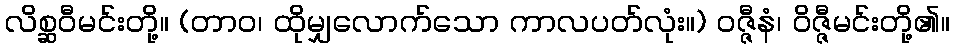
လိစ္ဆဝီမင်းတို့။ (တာဝ၊ ထိုမျှလောက်သော ကာလပတ်လုံး။) ဝဇ္ဇီနံ၊ ဝိဇ္ဇီမင်းတို့၏။